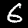
Label: 6